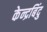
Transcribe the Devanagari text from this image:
केन्द्रबिंदु